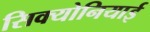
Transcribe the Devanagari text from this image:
सिक्योनियाई